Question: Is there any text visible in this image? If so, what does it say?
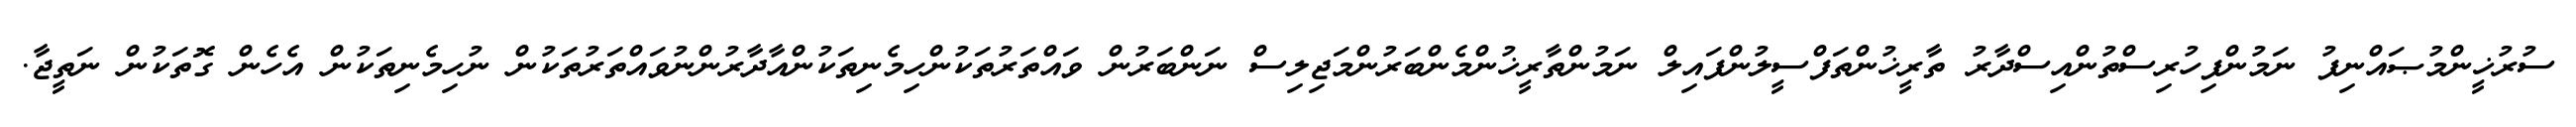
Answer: ސުރުޚީންމުޞައްނިފު ނަމުންފިހުރިސްތުންއިސްދާރު ތާރީޚުންތަފްސީލުންފައިލް ނަމުންތާރީޚުންމެންބަރުންމަޖިލިސް ނަންބަރުން ވައްތަރުތަކުންހިމެނިތަކުންއާދާރުންނުވައްތަރުތަކުން ނުހިމެނިތަކުން އެހެން ގޮތަކުން ނަތީޖާ.